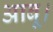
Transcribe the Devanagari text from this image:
आबू।